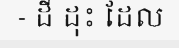
- ដី ដុះ ដែល